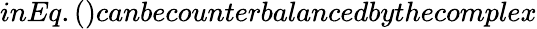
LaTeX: inEq.()canbecounterbalancedbythecomplex